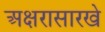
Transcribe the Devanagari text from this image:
अक्षरासारखे